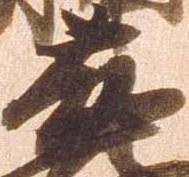
藤